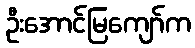
ဦးအောင်မြကျော်က